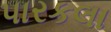
પારકલા